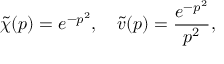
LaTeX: \widetilde { \chi } ( p ) = e ^ { - p ^ { 2 } } , \quad \widetilde { v } ( p ) = \frac { e ^ { - p ^ { 2 } } } { p ^ { 2 } } ,